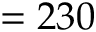
= 2 3 0